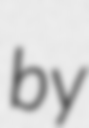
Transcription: by